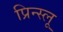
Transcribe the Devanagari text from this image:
प्रिन्स्लू